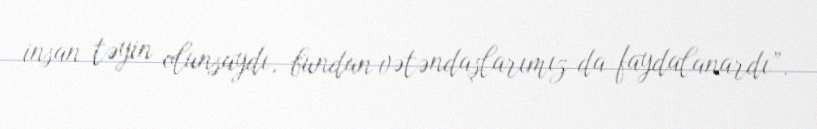
insan təyin olunsaydı, bundan vətəndaşlarımız da faydalanardı”.